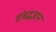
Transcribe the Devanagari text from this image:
संबद्धज्ञान